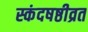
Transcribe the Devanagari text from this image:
स्कंदषष्ठीव्रत